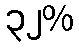
၃၂%